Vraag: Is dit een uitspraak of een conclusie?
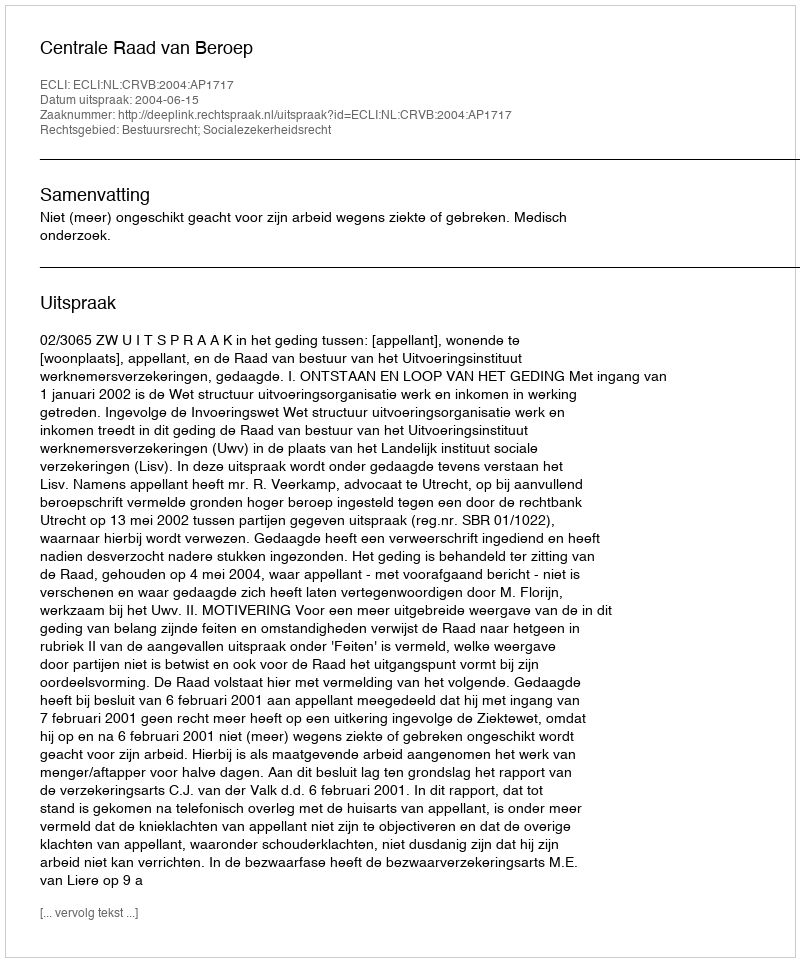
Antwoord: Uitspraak